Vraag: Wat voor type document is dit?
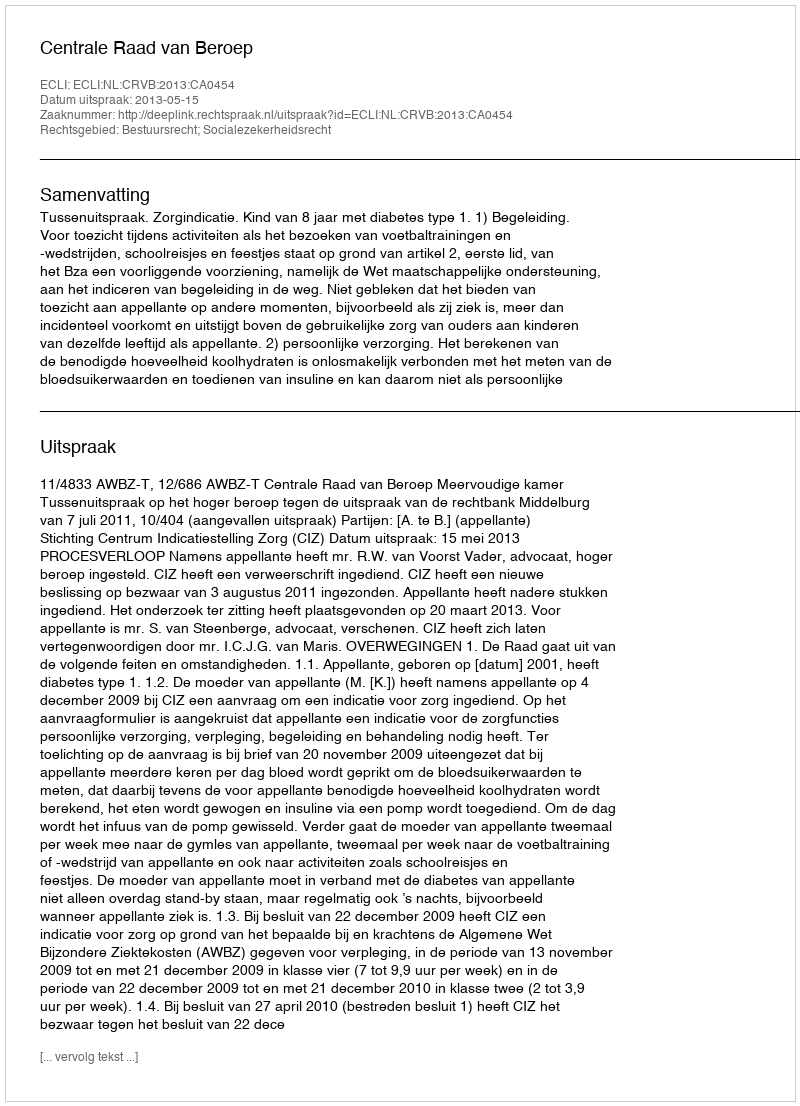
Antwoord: Uitspraak